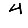
Digit: 4